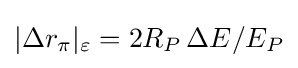
|\Delta r_{\pi }|_{\varepsilon }=2R_{P}\,\Delta E/E_{P}